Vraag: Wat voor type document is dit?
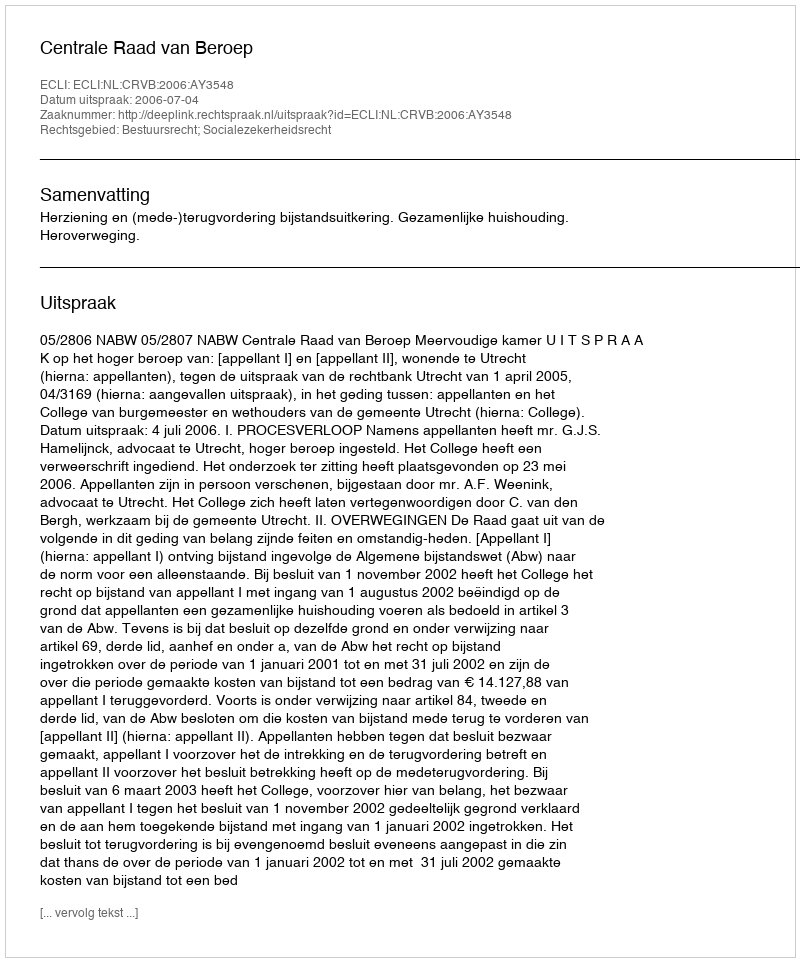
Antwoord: Uitspraak